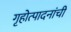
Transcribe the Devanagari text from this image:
गृहोत्पादनांची